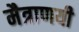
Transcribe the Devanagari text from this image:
मैत्राणयी